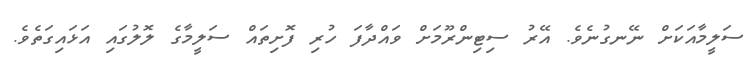
ސަލީމާއަކަށް ނޭނގުނެވެ. އޭރު ސިޓިންރޫމަށް ވައްދާފަ ހުރި ފޮށިތައް ސަލީމާގެ ލޮލުގައި އަޅައިގަތެވެ.